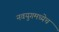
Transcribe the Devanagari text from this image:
नवयुगमध्येच